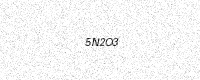
Text: 5N2O3